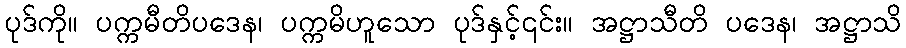
ပုဒ်ကို။ ပက္ကမီတိပဒေန၊ ပက္ကမိဟူသော ပုဒ်နှင့်၎င်း။ အဋ္ဌာသီတိ ပဒေန၊ အဋ္ဌာသိ